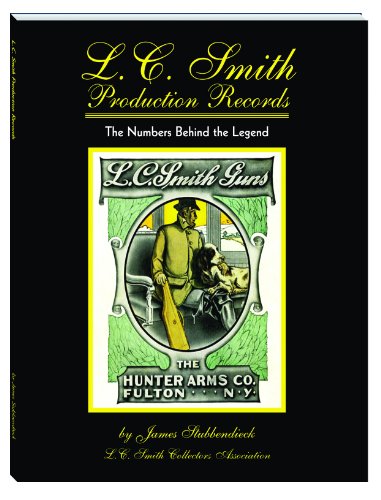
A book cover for L.C. Smith Production Records - The Numbers Behind the Legend; James Stubbendieck; Crafts, Hobbies & Home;